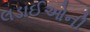
લડાઈઓની